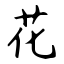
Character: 花